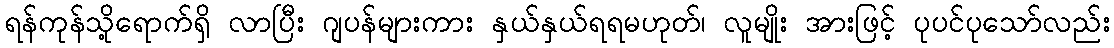
ရန်ကုန်သို့ရောက်ရှိ လာပြီး ဂျပန်များကား နှယ်နှယ်ရရမဟုတ်၊ လူမျိုး အားဖြင့် ပုပင်ပုသော်လည်း